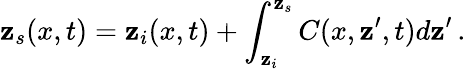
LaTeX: \mathbf{z}_{s}(x,t)=\mathbf{z}_{i}(x,t)+\int_{\mathbf{z}_{i}}^{\mathbf{z}_{s}}C(x,\mathbf{z}^{\prime},t)d\mathbf{z}^{\prime}\, .